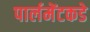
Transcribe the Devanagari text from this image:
पार्लमेंटकडे